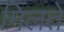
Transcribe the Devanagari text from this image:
मिलते